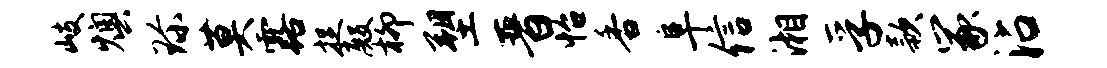
岐燠珍莫露捉殿柳塑晋怡香阜信湘孚款冢沾